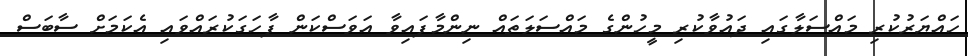
ހައްޔަރުކުރި މައްސަލާގައި ދައުވާކުރި މީހުންގެ މައްސަލަތައް ނިންމާފައިވާ އަވަސްކަން ފާހަގަކުރައްވައި އެކަމަށް ސާބަސް